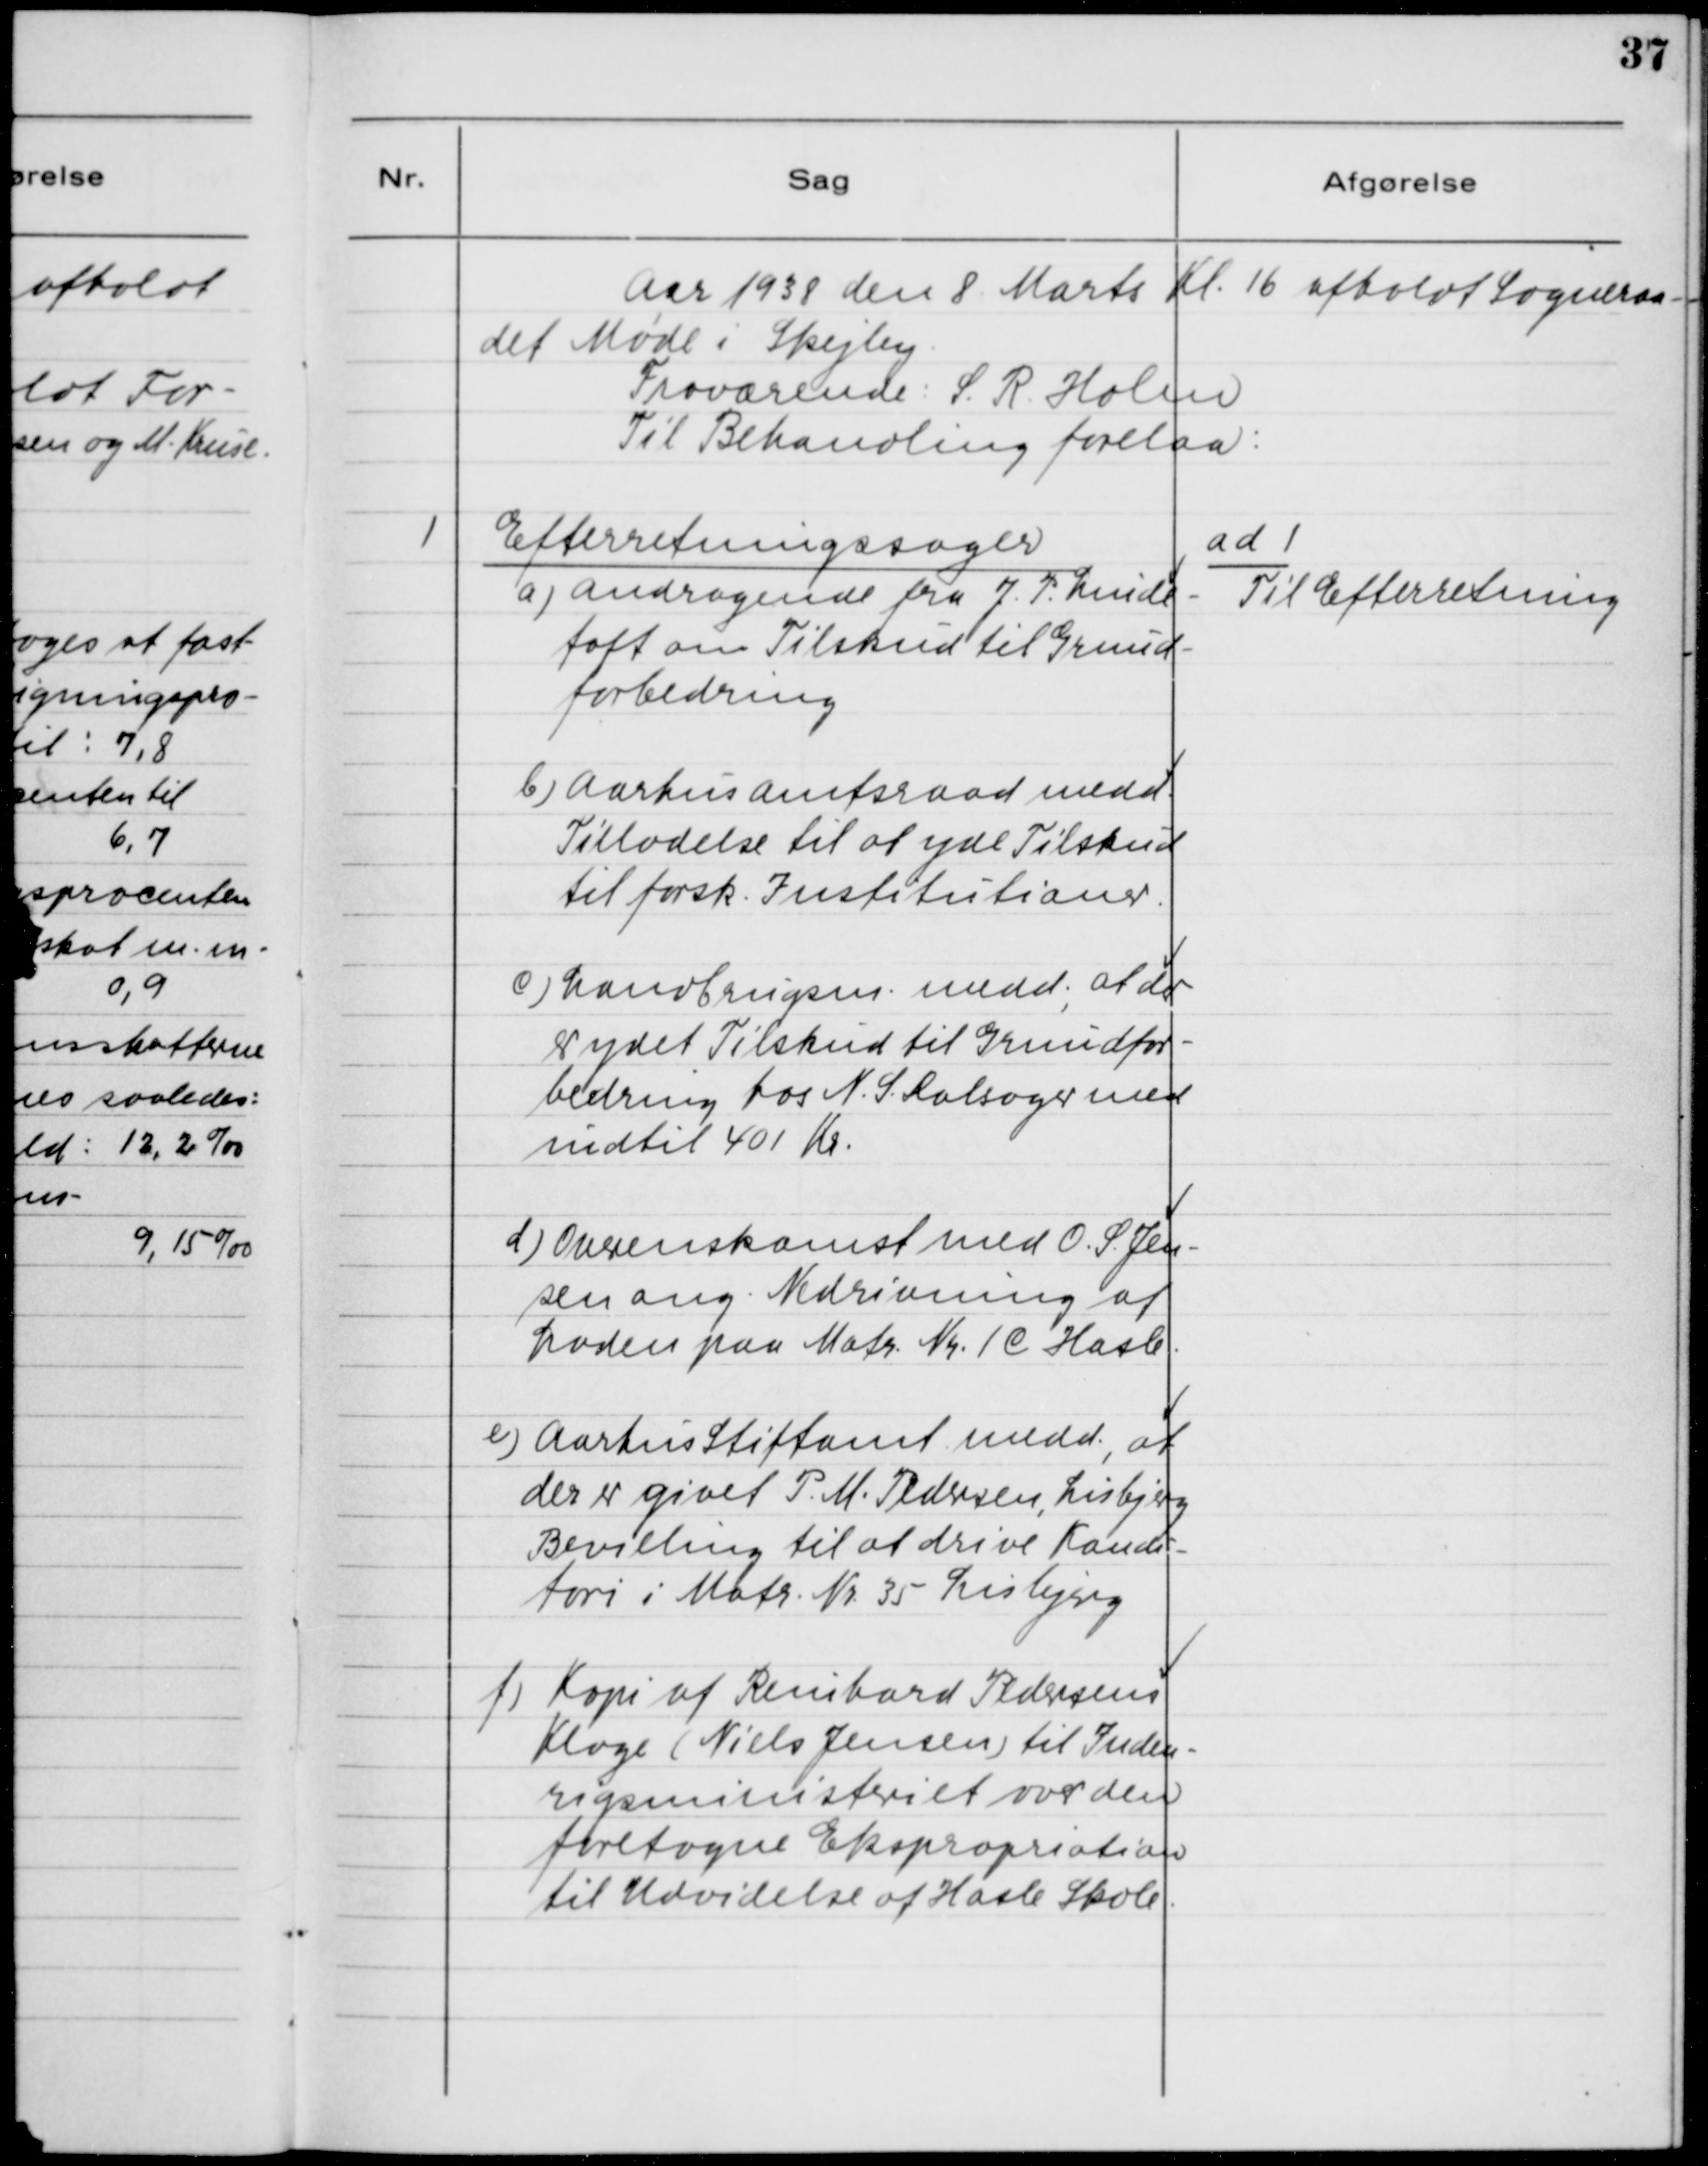
Transskription:
Aar 1938 den 8. Marts Kl. 16 afholdt Sogneraa-
det Møde i Skejby.
Fraværende: S. R. Holm
Til Behandling forelaa:

1. Efterretningssager
a) Andragende fra J. P. Lunde-
toft om Tilskud til Grund-
forbedring.
b) Aarhus Amtsraad medd.
Tilladelse til at yde Tilskud
til forsk. Institutioner.
c) Landbrugsm. medd., at der
er ydet Tilskud til Grundfor-
bedring hos N. S. Dalsager med
indtil 401 Kr.
d) Overenskomst med O. S. Jen-
sen ang. Nedrivning af
Laden paa Matr. Nr. 1C Hasle
e) Aarhus Stiftamt medd., at
der er givet P. M. Pedersen, Lisbjerg
Bevilling til at drive Kondi-
tori i Matr. Nr. 35 Lisbjerg
f) Kopi af Reinhardt Pedersens
Klage (Niels Jensen) til Inden-
rigsministeriet over den
foretagne Ekspropriation
til Udvidelse af Hasle Skole.

ad 1.
Til Efterretning